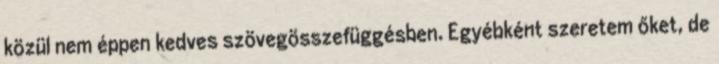
közül nem éppen kedves szövegösszefüggésben. Egyébként szeretem őket, de